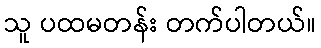
သူ ပထမတန်း တက်ပါတယ်။